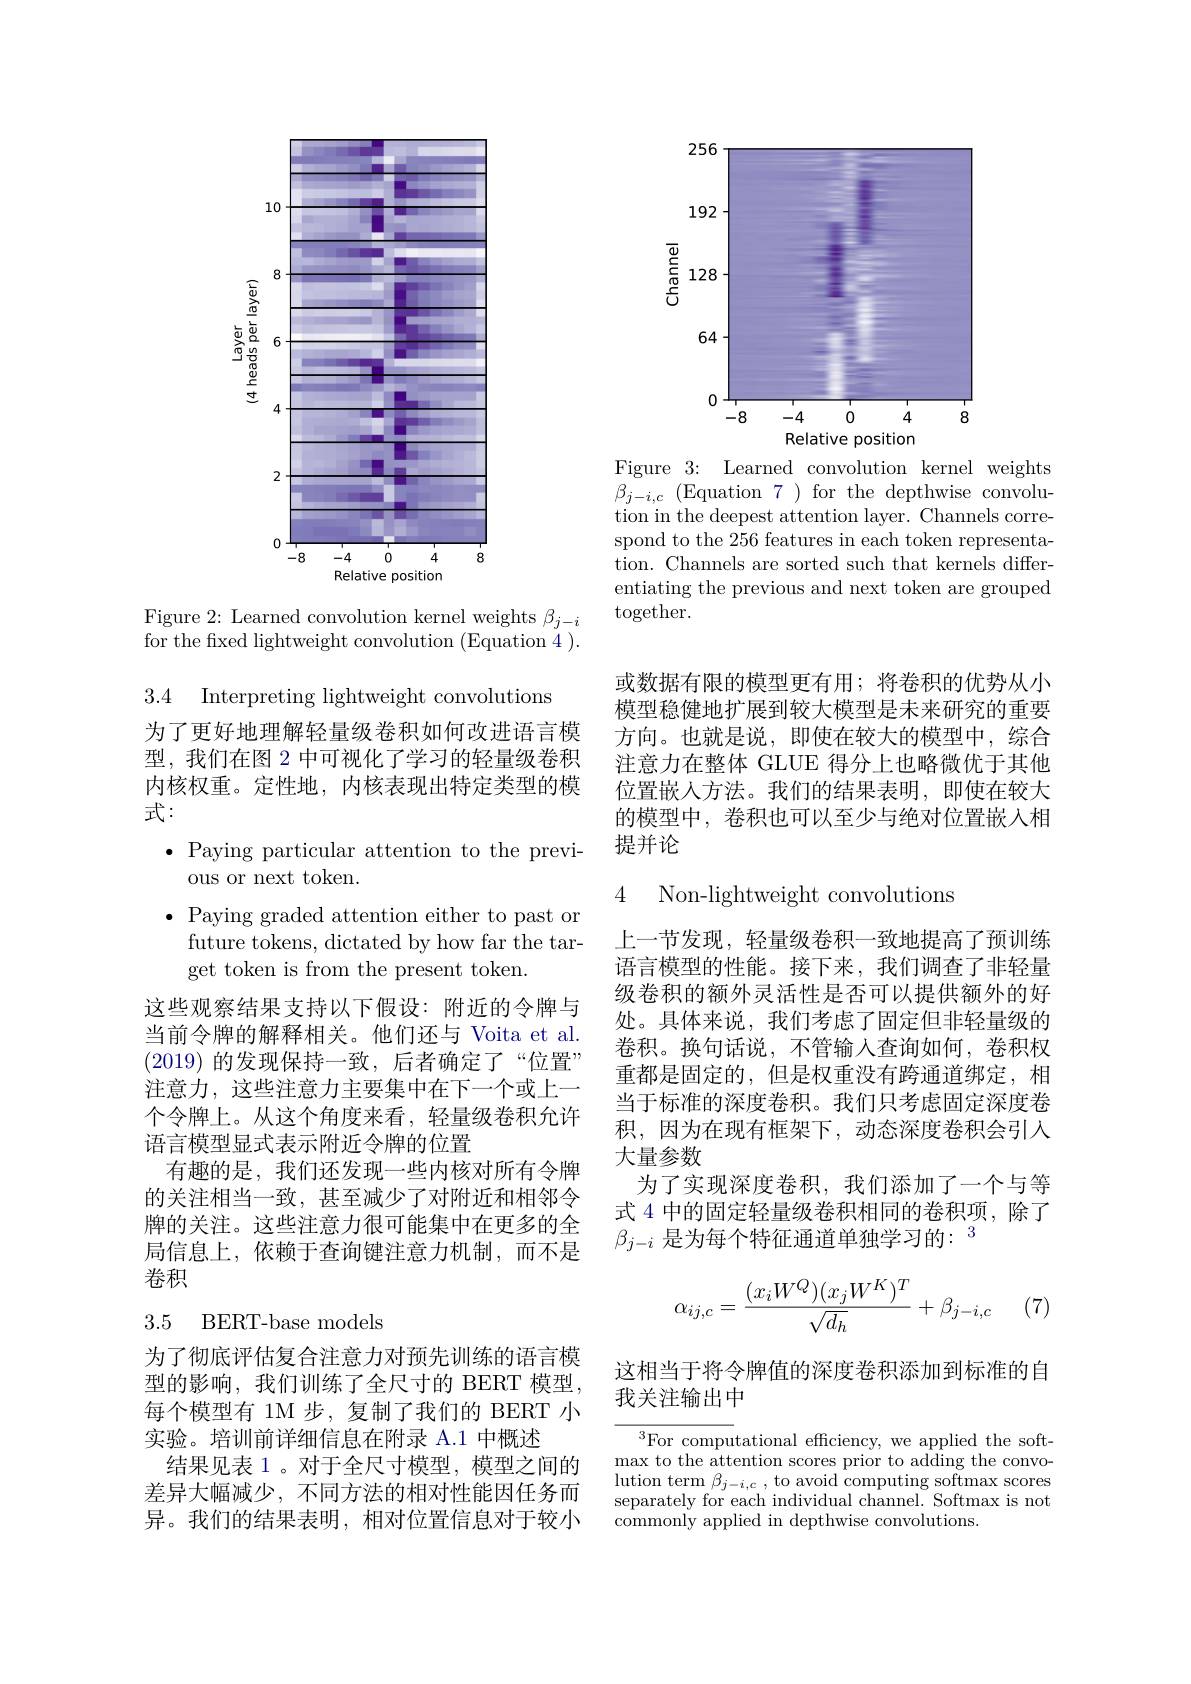
<FigureHere>

Figure 2: Learned convolution kernel weights $\beta_j-i$ for the fixed lightweight convolution (Equation 4 ).

3.4 Interpreting lightweight convolutions

为了更好地理解轻量级卷积如何改进语言模型，我们在图 2 中可视化了学习的轻量级卷积内核权重。定性地，内核表现出特定类型的模式：

$\bullet$ Paying particular attention to the previ-
ous or next token.
$\bullet$ Paying graded attention either to past or
future tokens, dictated by how far the tar-
get token is from the present token.
这些观察结果支持以下假设：附近的令牌与当前令牌的解释相关。他们还与 Voita et al. (2019)的发现保持一致，后者确定了“位置” 注意力，这些注意力主要集中在下一个或上一个令牌上。从这个角度来看，轻量级卷积允许语言模型显式表示附近令牌的位置
有趣的是，我们还发现一些内核对所有令牌的关注相当一致，甚至减少了对附近和相邻令牌的关注。这些注意力很可能集中在更多的全局信息上，依赖于查询键注意力机制，而不是卷积

### 3.5 BERT-base models

为了彻底评估复合注意力对预先训练的语言模型的影响，我们训练了全尺寸的 BERT 模型， 每个模型有 1M 步，复制了我们的 BERT 小实验。培训前详细信息在附录 A.1 中概述
结果见表 1。对于全尺寸模型，模型之间的差异大幅减少，不同方法的相对性能因任务而异。我们的结果表明，相对位置信息对于较小

<FigureHere>

Figure 3{:} Learned convolution kernel weights $\beta_{j-i,c}$ (Equation 7 ) for the depthwise convolution in the deepest attention layer. Channels correspond to the 256 features in each token representation. Channels are sorted such that kernels differentiating the previous and next token are grouped $\operatorname{together}.$

或数据有限的模型更有用；将卷积的优势从小模型稳健地扩展到较大模型是未来研究的重要方向。也就是说，即使在较大的模型中，综合注意力在整体 GLUE 得分上也略微优于其他位置嵌入方法。我们的结果表明，即使在较大的模型中，卷积也可以至少与绝对位置嵌入相提并论

4 Non-lightweight convolutions

上一节发现，轻量级卷积一致地提高了预训练语言模型的性能。接下来，我们调查了非轻量级卷积的额外灵活性是否可以提供额外的好处。具体来说，我们考虑了固定但非轻量级的卷积。换句话说，不管输入查询如何，卷积权重都是固定的，但是权重没有跨通道绑定，相当于标准的深度卷积。我们只考虑固定深度卷积，因为在现有框架下，动态深度卷积会引入大量参数
为了实现深度卷积，我们添加了一个与等式 4 中的固定轻量级卷积相同的卷积项，除了$\beta_{j-i}\text{ 是为每个特征通道单独学习的：}^3$
$$\alpha_{ij,c}=\frac{(x_iW^Q)(x_jW^K)^T}{\sqrt{d_h}}+\beta_{j-i,c}$$
(7)

这相当于将令牌值的深度卷积添加到标准的自
## 我关注输出中

${^3\text{For compu}}$tational efficiency, we applied the soft- $\operatorname*{max}$ to the attention scores prior to adding the convolution term $\beta_{j-i,c}$ , to avoid computing softmax scores separatelv for each individual channel. Softmax is not ${\mathrm{commonly~applied~in~depthwise~convolutions.}}$